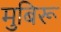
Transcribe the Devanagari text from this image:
मुबिरू